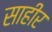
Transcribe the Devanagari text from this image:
साहीर